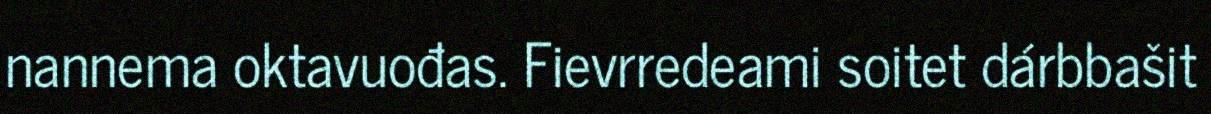
nannema oktavuođas. Fievrredeami soitet dárbbašit